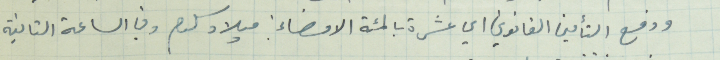
ودفع التأمين القانوني اي عشرة بالمئة الامضاء : ميلاد سلوم وفي الساعة الثانية